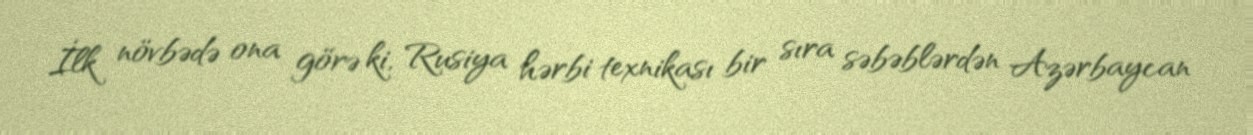
İlk növbədə ona görə ki, Rusiya hərbi texnikası bir sıra səbəblərdən Azərbaycan